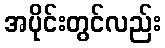
အပိုင်းတွင်လည်း